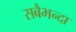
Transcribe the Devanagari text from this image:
सबैभन्दा